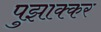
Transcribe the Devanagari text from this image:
पुझाक्कर